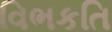
વિભકતિ